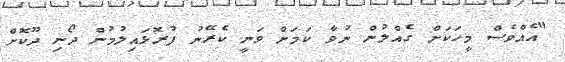
"އެއްވެސް މީހަކަށް ގެއްލުން ނުވާ ކަމަށް ވަނީ ކެރޭނު ފުރޮޅައިލުމުން ދޯނި ދޫކޮށް